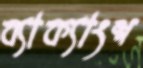
ব্যাক্যাংশ